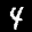
Label: 4